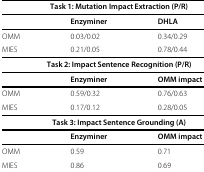
<table><thead><tr><td colspan="3"><b>Task 1: Mutation Impact Extraction (P/R)</b></td></tr></thead><tbody><tr><td> </td><td><b>Enzyminer</b></td><td><b>DHLA</b></td></tr><tr><td>OMM</td><td>0.03/0.02</td><td>0.34/0.29</td></tr><tr><td>MIES</td><td>0.21/0.05</td><td>0.78/0.44</td></tr><tr><td colspan="3"><b>Task 2: Impact Sentence Recognition (P/R)</b></td></tr><tr><td> </td><td><b>Enzyminer</b></td><td><b>OMM impact</b></td></tr><tr><td>OMM</td><td>0.59/0.32</td><td>0.76/0.63</td></tr><tr><td>MIES</td><td>0.17/0.12</td><td>0.28/0.05</td></tr><tr><td colspan="3"><b>Task 3: Impact Sentence Grounding (A)</b></td></tr><tr><td> </td><td><b>Enzyminer</b></td><td><b>OMM impact</b></td></tr><tr><td>OMM</td><td>0.59</td><td>0.71</td></tr><tr><td>MIES</td><td>0.86</td><td>0.69</td></tr></tbody></table>